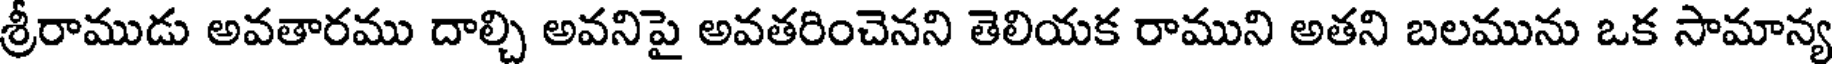
శ్రీరాముడు అవతారము దాల్చి అవనిపై అవతరించెనని తెలియక రాముని అతని బలమును ఒక సామాన్య